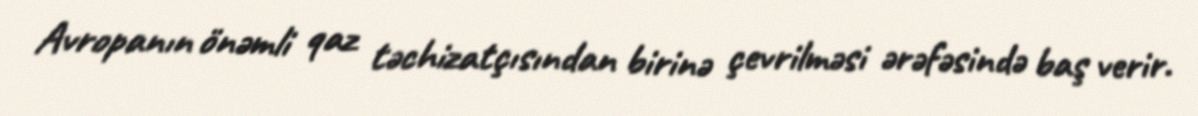
Avropanın önəmli qaz təchizatçısından birinə çevrilməsi ərəfəsində baş verir.